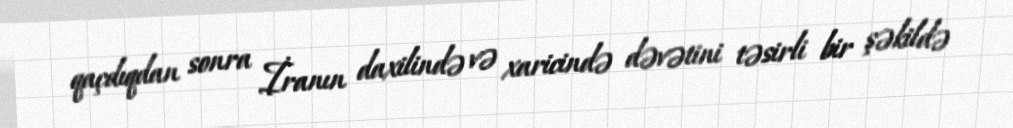
qaçdıqdan sonra İranın daxilində və xaricində dəvətini təsirli bir şəkildə